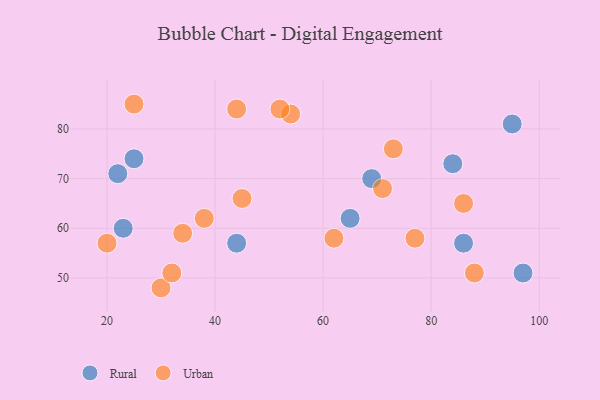
{"axis": {"x": "GDP", "y": "Life Expectancy"}, "legend": ["Rural", "Urban"], "data": [{"x": "65", "y": 62, "type": "Rural"}, {"x": "97", "y": 51, "type": "Rural"}, {"x": "69", "y": 70, "type": "Rural"}, {"x": "86", "y": 57, "type": "Rural"}, {"x": "44", "y": 57, "type": "Rural"}, {"x": "95", "y": 81, "type": "Rural"}, {"x": "84", "y": 73, "type": "Rural"}, {"x": "22", "y": 71, "type": "Rural"}, {"x": "23", "y": 60, "type": "Rural"}, {"x": "25", "y": 74, "type": "Rural"}, {"x": "88", "y": 51, "type": "Urban"}, {"x": "20", "y": 57, "type": "Urban"}, {"x": "34", "y": 59, "type": "Urban"}, {"x": "30", "y": 48, "type": "Urban"}, {"x": "45", "y": 66, "type": "Urban"}, {"x": "62", "y": 58, "type": "Urban"}, {"x": "54", "y": 83, "type": "Urban"}, {"x": "73", "y": 76, "type": "Urban"}, {"x": "86", "y": 65, "type": "Urban"}, {"x": "77", "y": 58, "type": "Urban"}, {"x": "52", "y": 84, "type": "Urban"}, {"x": "71", "y": 68, "type": "Urban"}, {"x": "44", "y": 84, "type": "Urban"}, {"x": "32", "y": 51, "type": "Urban"}, {"x": "38", "y": 62, "type": "Urban"}, {"x": "25", "y": 85, "type": "Urban"}]}